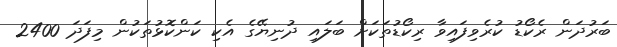
ބަރުދަން ރެކޯޑު ކުރެވިފައިވާ ރިކޯޑުތަކަށް ބަލައި ދުނިޔޭގެ އެކި ކަންކޮޅުތަކުން މިފަދަ 2400